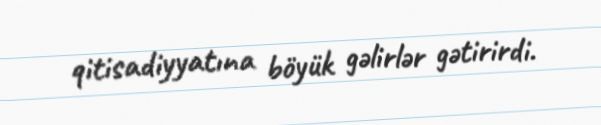
qitisadiyyatına böyük gəlirlər gətirirdi.